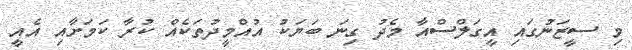
މި ސީޒަނުގައި އީގަލްސްއާ މެދު ގިނަ ބަޔަކު އުއްމީދުތަކެއް ކުރާ ކަމަށާއި އެއީ